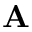
\mathbf { A }